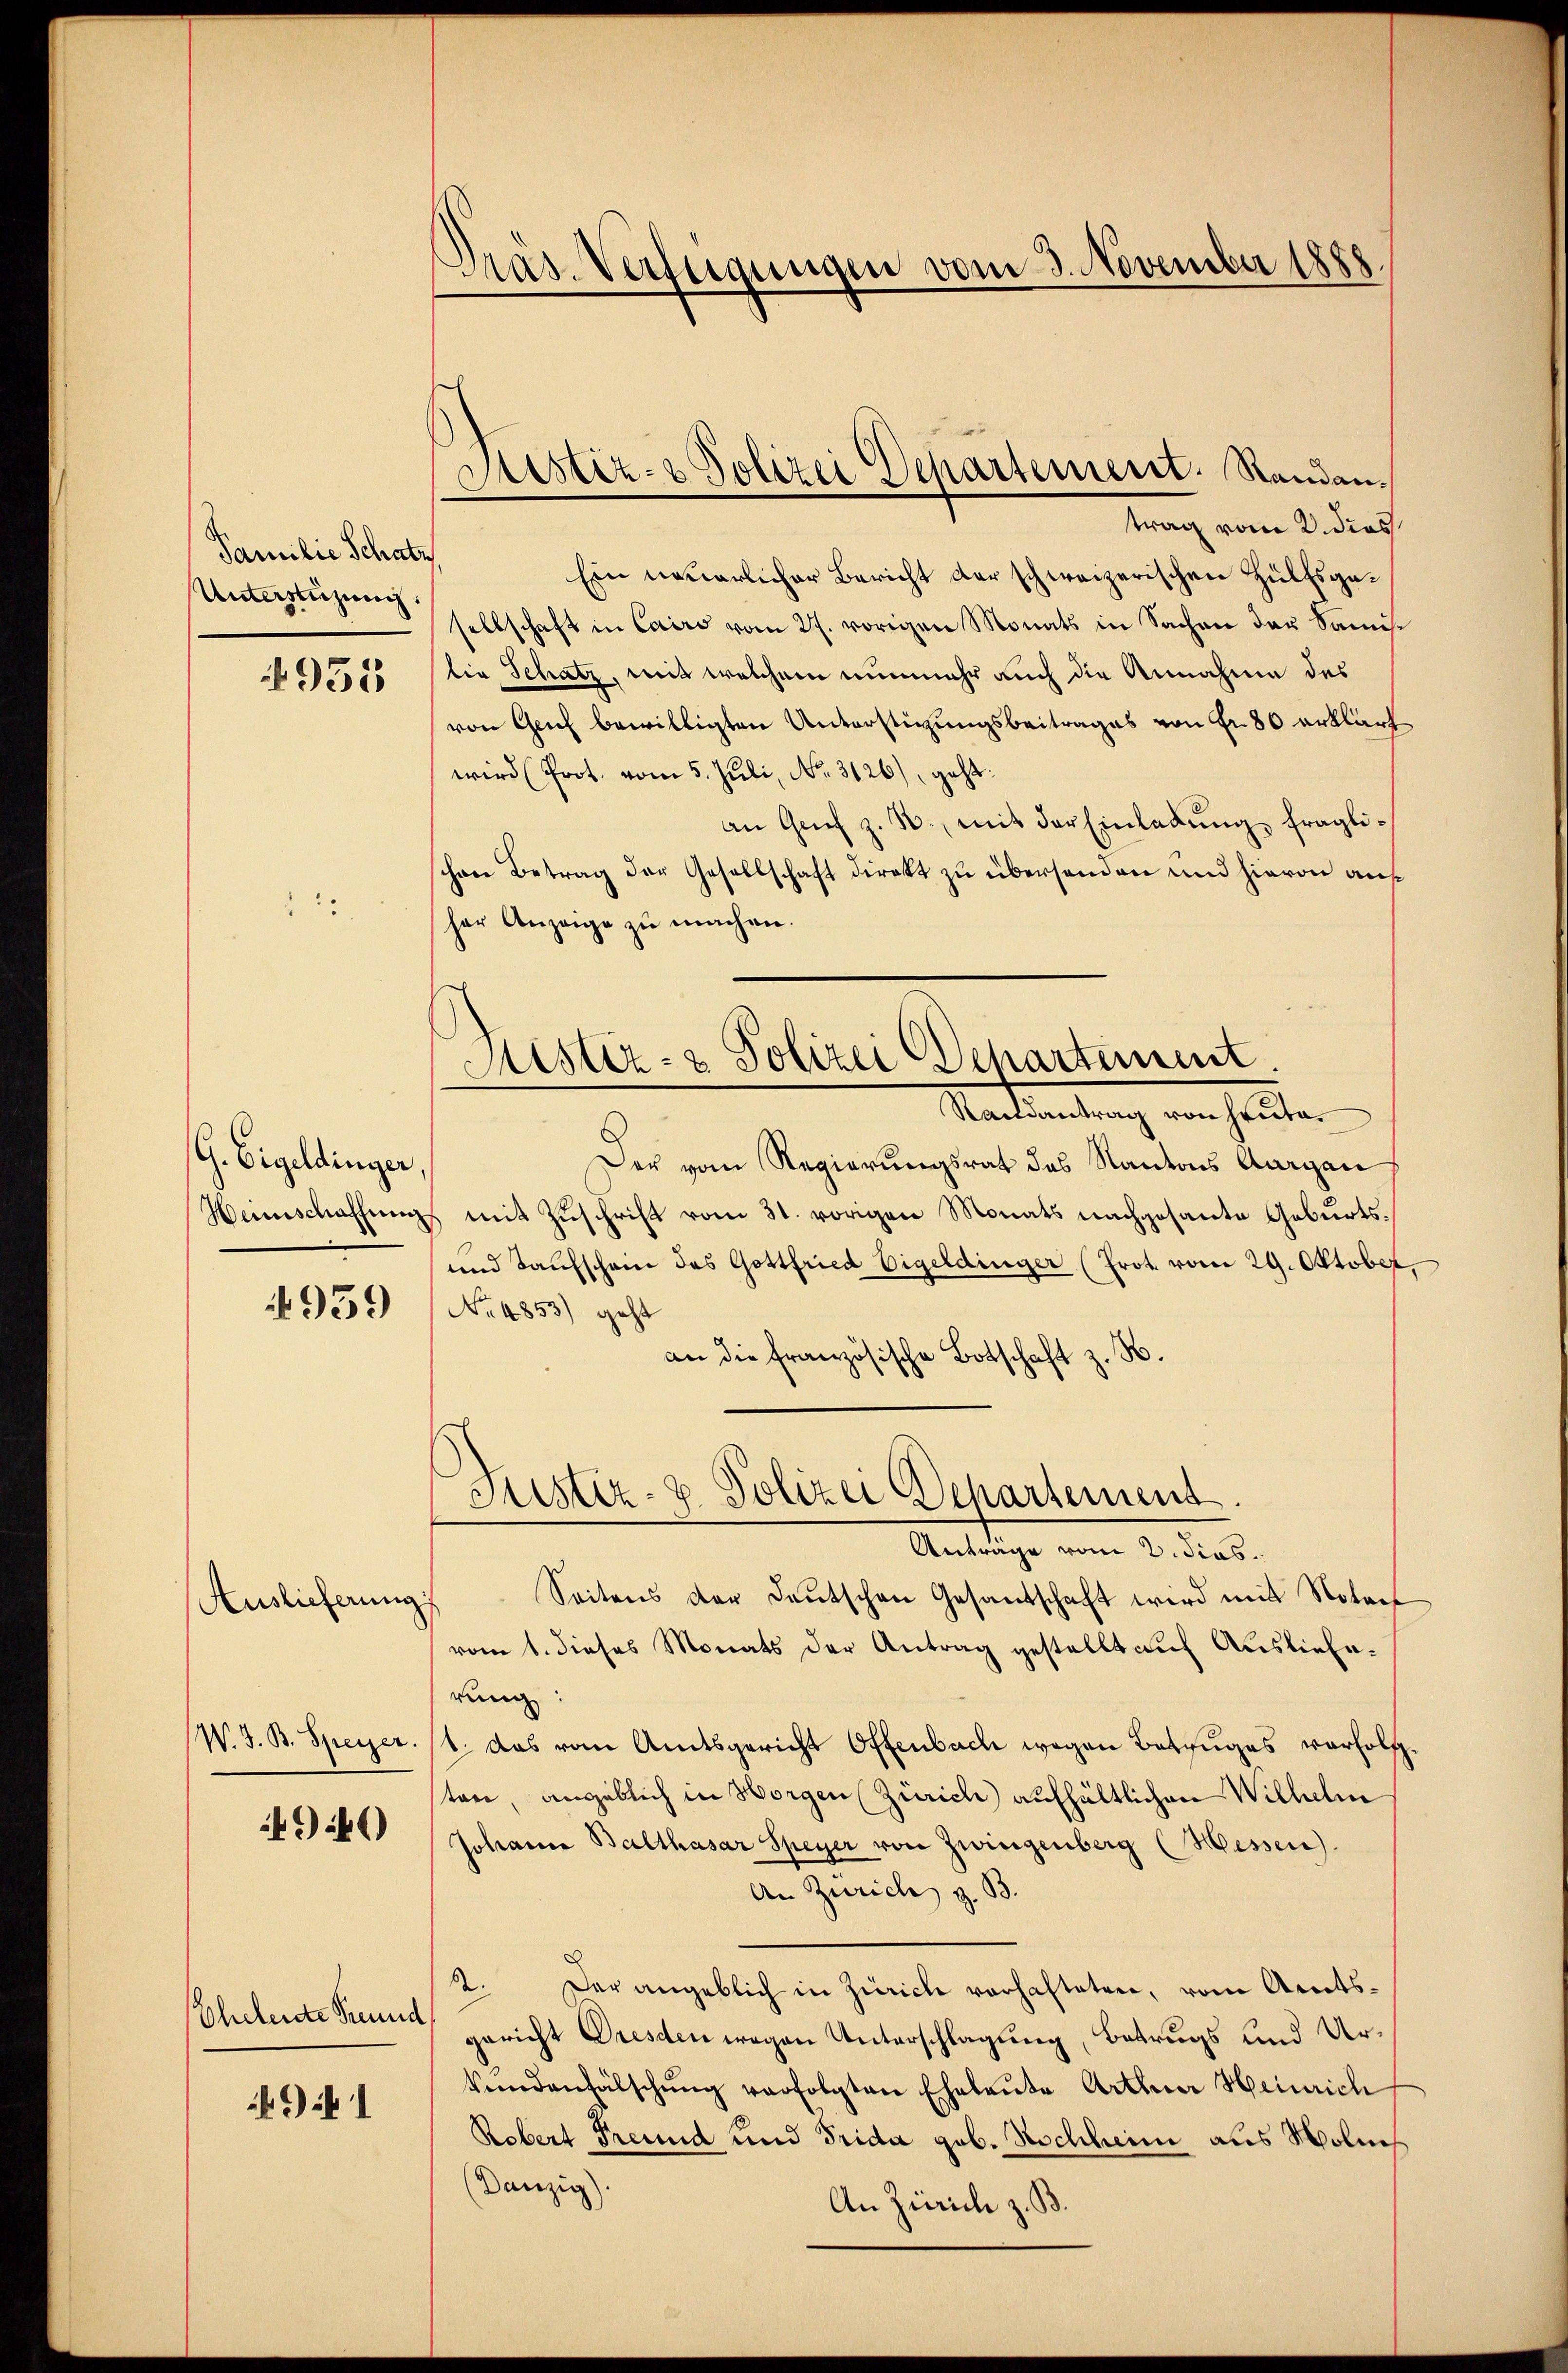
Familie Schatz
Unterstüzung
955

G. Eigeldinger,

4959

Auslieferung
(W. J. B. Speyer.

494)

Eheleute Freund

1

Präs. Verfügungen vom 3. November 1888

Sistiz- & Polizei Departement. Randantrag vom 2. dies

Ein neuerlicher Bericht der schweizerischen Hülfsgasellschaft in Cairo vom 27. vorigen Monats in Sachen der Samislie Schatz, mit welchem nunmehr auch die Annahme des
von Genf bewilligten Unterstigungsbeitrages von Fr. 80 erklärt
wird (Prot. vom 5. Juli, No. 3126), geht.
an Genf z. B., mit der Einladŭng fraglischen Betrag der Gesellschaft direkt zu übersenden und hievon auf
her Anzeige zu machen.
Raidantrag von heute.
Der vom Regierungsrat des Kantons Aargau
Heimschaffung mit Zuschrift vom 31. vorigen Monats nachgesante Geburts¬
und Taufschein des Gottfried Eigeldinger (Prot. vom 29. Oktober
No 4853) geht
an die französische Botschaft z. B.
Justiz- & Polizei Departement.
Antrage vom 2. dies
Seitens der Deutschen Gesandschaft wird mit Notorf
vom 1. dieses Monats der Antrag gestellt auf Auslieferung:
1. das vom Amtsgericht Offenbach wegen Botzuges vorholzten, angeblich in Horgen (Zürich aufhältlichen Wilhelm
Johann Balthasar Speyer von Zwingenberg (Wessen.
An Zürich z. B.
2. Der angeblich in Zürich vorhafteten, vom Amtsgericht Dresden wegen Unterschlagung, Betrugs und Urkendenfälschŭng verfolgten Eheleute Arthner Heinrich
Robert Freund und Frida geb. Nochheim aus Wolis
(Danzig).
An Zürich z. B.

Sistiz- & Polizei Departement.